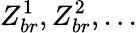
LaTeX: Z_{br}^{1},Z_{br}^{2},...